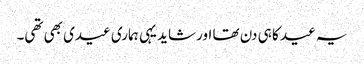
یہ عید کا ہی دن تھا اور شاید یہی ہماری عیدی بھی تھی۔